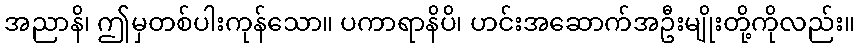
အညာနိ၊ ဤမှတစ်ပါးကုန်သော။ ပကာရာနိပိ၊ ဟင်းအဆောက်အဦးမျိုးတို့ကိုလည်း။